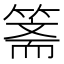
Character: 𱸘